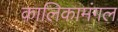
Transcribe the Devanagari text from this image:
कालिकामंगल